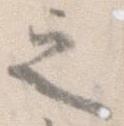
之